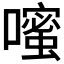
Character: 𪢗